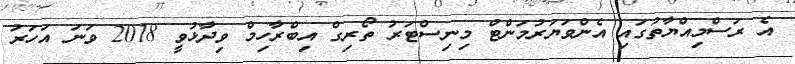
އެ ރަސްމިއްޔާތުގައި އެންވަޔަރުމަންޓް މިނިސްޓަރު ތޯރިގް އިބްރާހިމް ވިދާޅުވީ 2018 ވަނަ އަހަރު